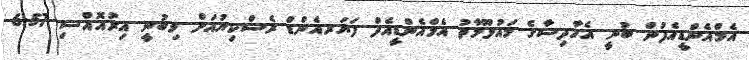
އެމްއެންޑީއެފުން ބުނީ އެހާދިސާގެ މައުލޫމާތު އެމްއެންޑީއެފް ފަޔަރއެންޑް ރެސްކިޔުއަށް ލިބުނީ އިރުއޮއްސި 6:57